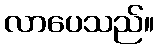
လာပေသည်။